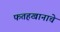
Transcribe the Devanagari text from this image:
फतहखानाचे